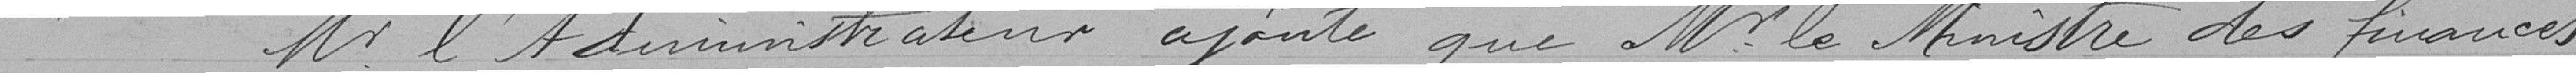
M. l'Administrateur ajoute que M. le Ministre des finances